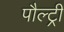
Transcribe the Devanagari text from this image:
पौल्ट्री